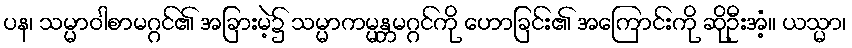
ပန၊ သမ္မာဝါစာမဂ္ဂင်၏ အခြားမဲ့၌ သမ္မာကမ္မန္တမဂ္ဂင်ကို ဟောခြင်း၏ အကြောင်းကို ဆိုဦးအံ့။ ယသ္မာ၊